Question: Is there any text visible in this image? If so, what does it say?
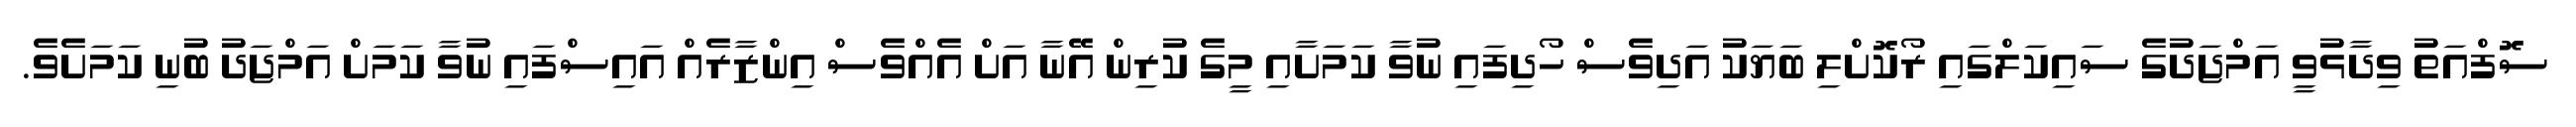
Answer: ސޮފްއަތު ވިދާޅުވީ އަމްޖަދުގެ ސައިކަލްގައި ރޯކޮށްލި ބަޔަކު އަދިވެސް ހޯދިފައި ނުވާ ކަމަށާއި މީގެ ކުރިން އޭނާ އަށް އެއްވެސް އިންޒާރެއް އައިސްފައި ނުވާ ކަމަށް އަމްޖަދު ބުނި ކަމަށެވެ.